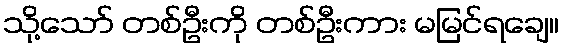
သို့သော် တစ်ဦးကို တစ်ဦးကား မမြင်ရချေ။